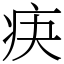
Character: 疦